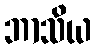
ဘာသိယ